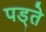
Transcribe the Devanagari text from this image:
पड्ते